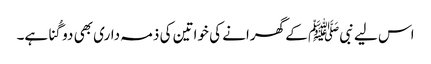
اس لیے نبیﷺ کے گھرانے کی خواتین کی ذمہ داری بھی دو گُنا ہے۔